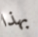
بهذا